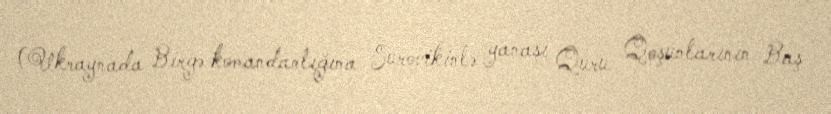
(Ukraynada Birgə komandanlığına Surovikinlə yanaşı Quru Qoşunlarının Baş